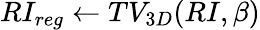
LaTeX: RI_{reg}\gets TV_{3D}(RI,\beta)